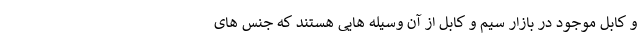
و کابل موجود در بازار سیم و کابل از آن وسیله هایی هستند که جنس های